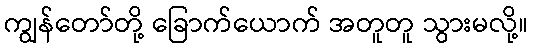
ကျွန်တော်တို့ ခြောက်ယောက် အတူတူ သွားမလို့။